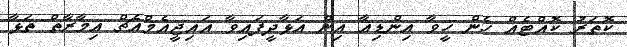
ކޮތަރު ކޮއްޓެއް ހެން ހީވާ އިންޑިއާ އިން އަޅާދީފައިވާ އައިޖީއެމްއެޗް އިމާރާތް ތަޅާ